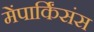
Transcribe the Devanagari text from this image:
मेंपार्किंसंस